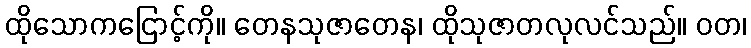
ထိုသောကငြောင့်ကို။ တေနသုဇာတေန၊ ထိုသုဇာတလုလင်သည်။ ဝတ၊